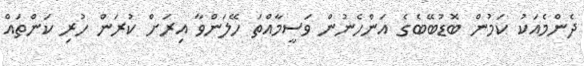
ދެންމެއަކު ކަމުން ބޮޑުބޭބެގެ އަންހެނުން ވަސީމާއްތަ ހޭލަންވާ އިރަށް ކުރަން ހުރި ކަންތައް